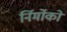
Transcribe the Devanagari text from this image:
र्निर्मोको